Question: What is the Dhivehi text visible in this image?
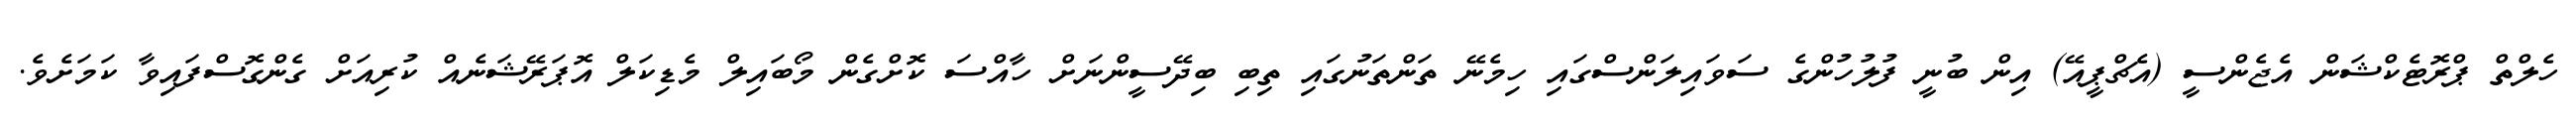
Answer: ހެލްތް ޕްރޮޓެކްޝަން އެޖެންސީ (އެޗްޕީއޭ) އިން ބުނީ ފުލުހުންގެ ސަވައިލަންސްގައި ހިމެނޭ ތަންތަނުގައި ތިބި ބިދޭސީންނަށް ހާއްސަ ކޮށްގެން މޯބައިލް މެޑިކަލް އޮޕަރޭޝަނެއް ކުރިއަށް ގެންގޮސްފައިވާ ކަމަށެވެ.